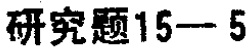
研究题15—5